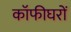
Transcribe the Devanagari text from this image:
कॉफीघरों